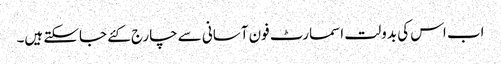
اب اس کی بدولت اسمارٹ فون آسانی سے چارج کئے جاسکتے ہیں۔